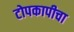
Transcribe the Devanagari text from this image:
टोपकापीचा